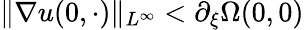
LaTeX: \| \nabla u(0,\cdot)\| _{L^{\infty}}<\partial_{\xi}\Omega(0,0)